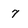
Character: 7